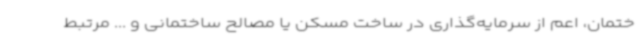
ختمان، اعم از سرمایه‌گذاری در ساخت مسکن یا مصالح ساختمانی و ... مرتبط